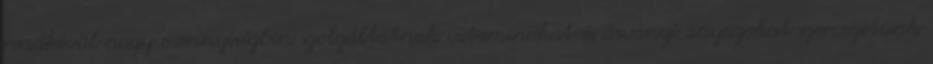
rendkívül nagy mennyiségben szolgáltatnak vitaminokat és ásványi anyagokat szervezetünk